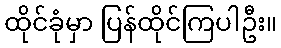
ထိုင်ခုံမှာ ပြန်ထိုင်ကြပါဦး။